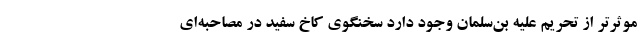
موثرتر از تحریم علیه بن‌سلمان وجود دارد سخنگوی کاخ سفید در مصاحبه‌ای